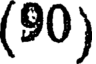
(90)